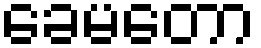
ခေမတော